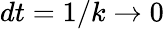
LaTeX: dt=1/k\to 0